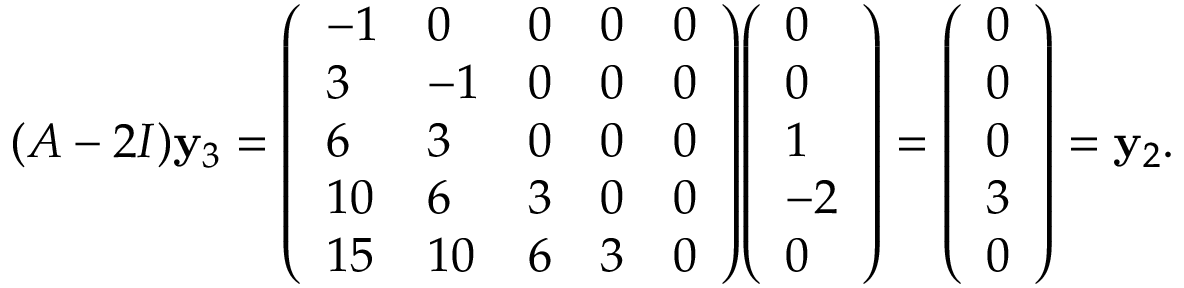
( A - 2 I ) \mathbf { y } _ { 3 } = { \left( \begin{array} { l l l l l } { - 1 } & { 0 } & { 0 } & { 0 } & { 0 } \\ { 3 } & { - 1 } & { 0 } & { 0 } & { 0 } \\ { 6 } & { 3 } & { 0 } & { 0 } & { 0 } \\ { 1 0 } & { 6 } & { 3 } & { 0 } & { 0 } \\ { 1 5 } & { 1 0 } & { 6 } & { 3 } & { 0 } \end{array} \right) } { \left( \begin{array} { l } { 0 } \\ { 0 } \\ { 1 } \\ { - 2 } \\ { 0 } \end{array} \right) } = { \left( \begin{array} { l } { 0 } \\ { 0 } \\ { 0 } \\ { 3 } \\ { 0 } \end{array} \right) } = \mathbf { y } _ { 2 } .